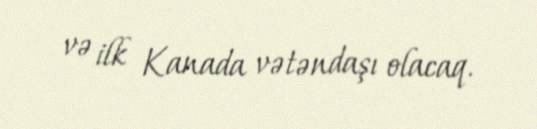
və ilk Kanada vətəndaşı olacaq.